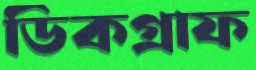
ডিকগ্রাফ